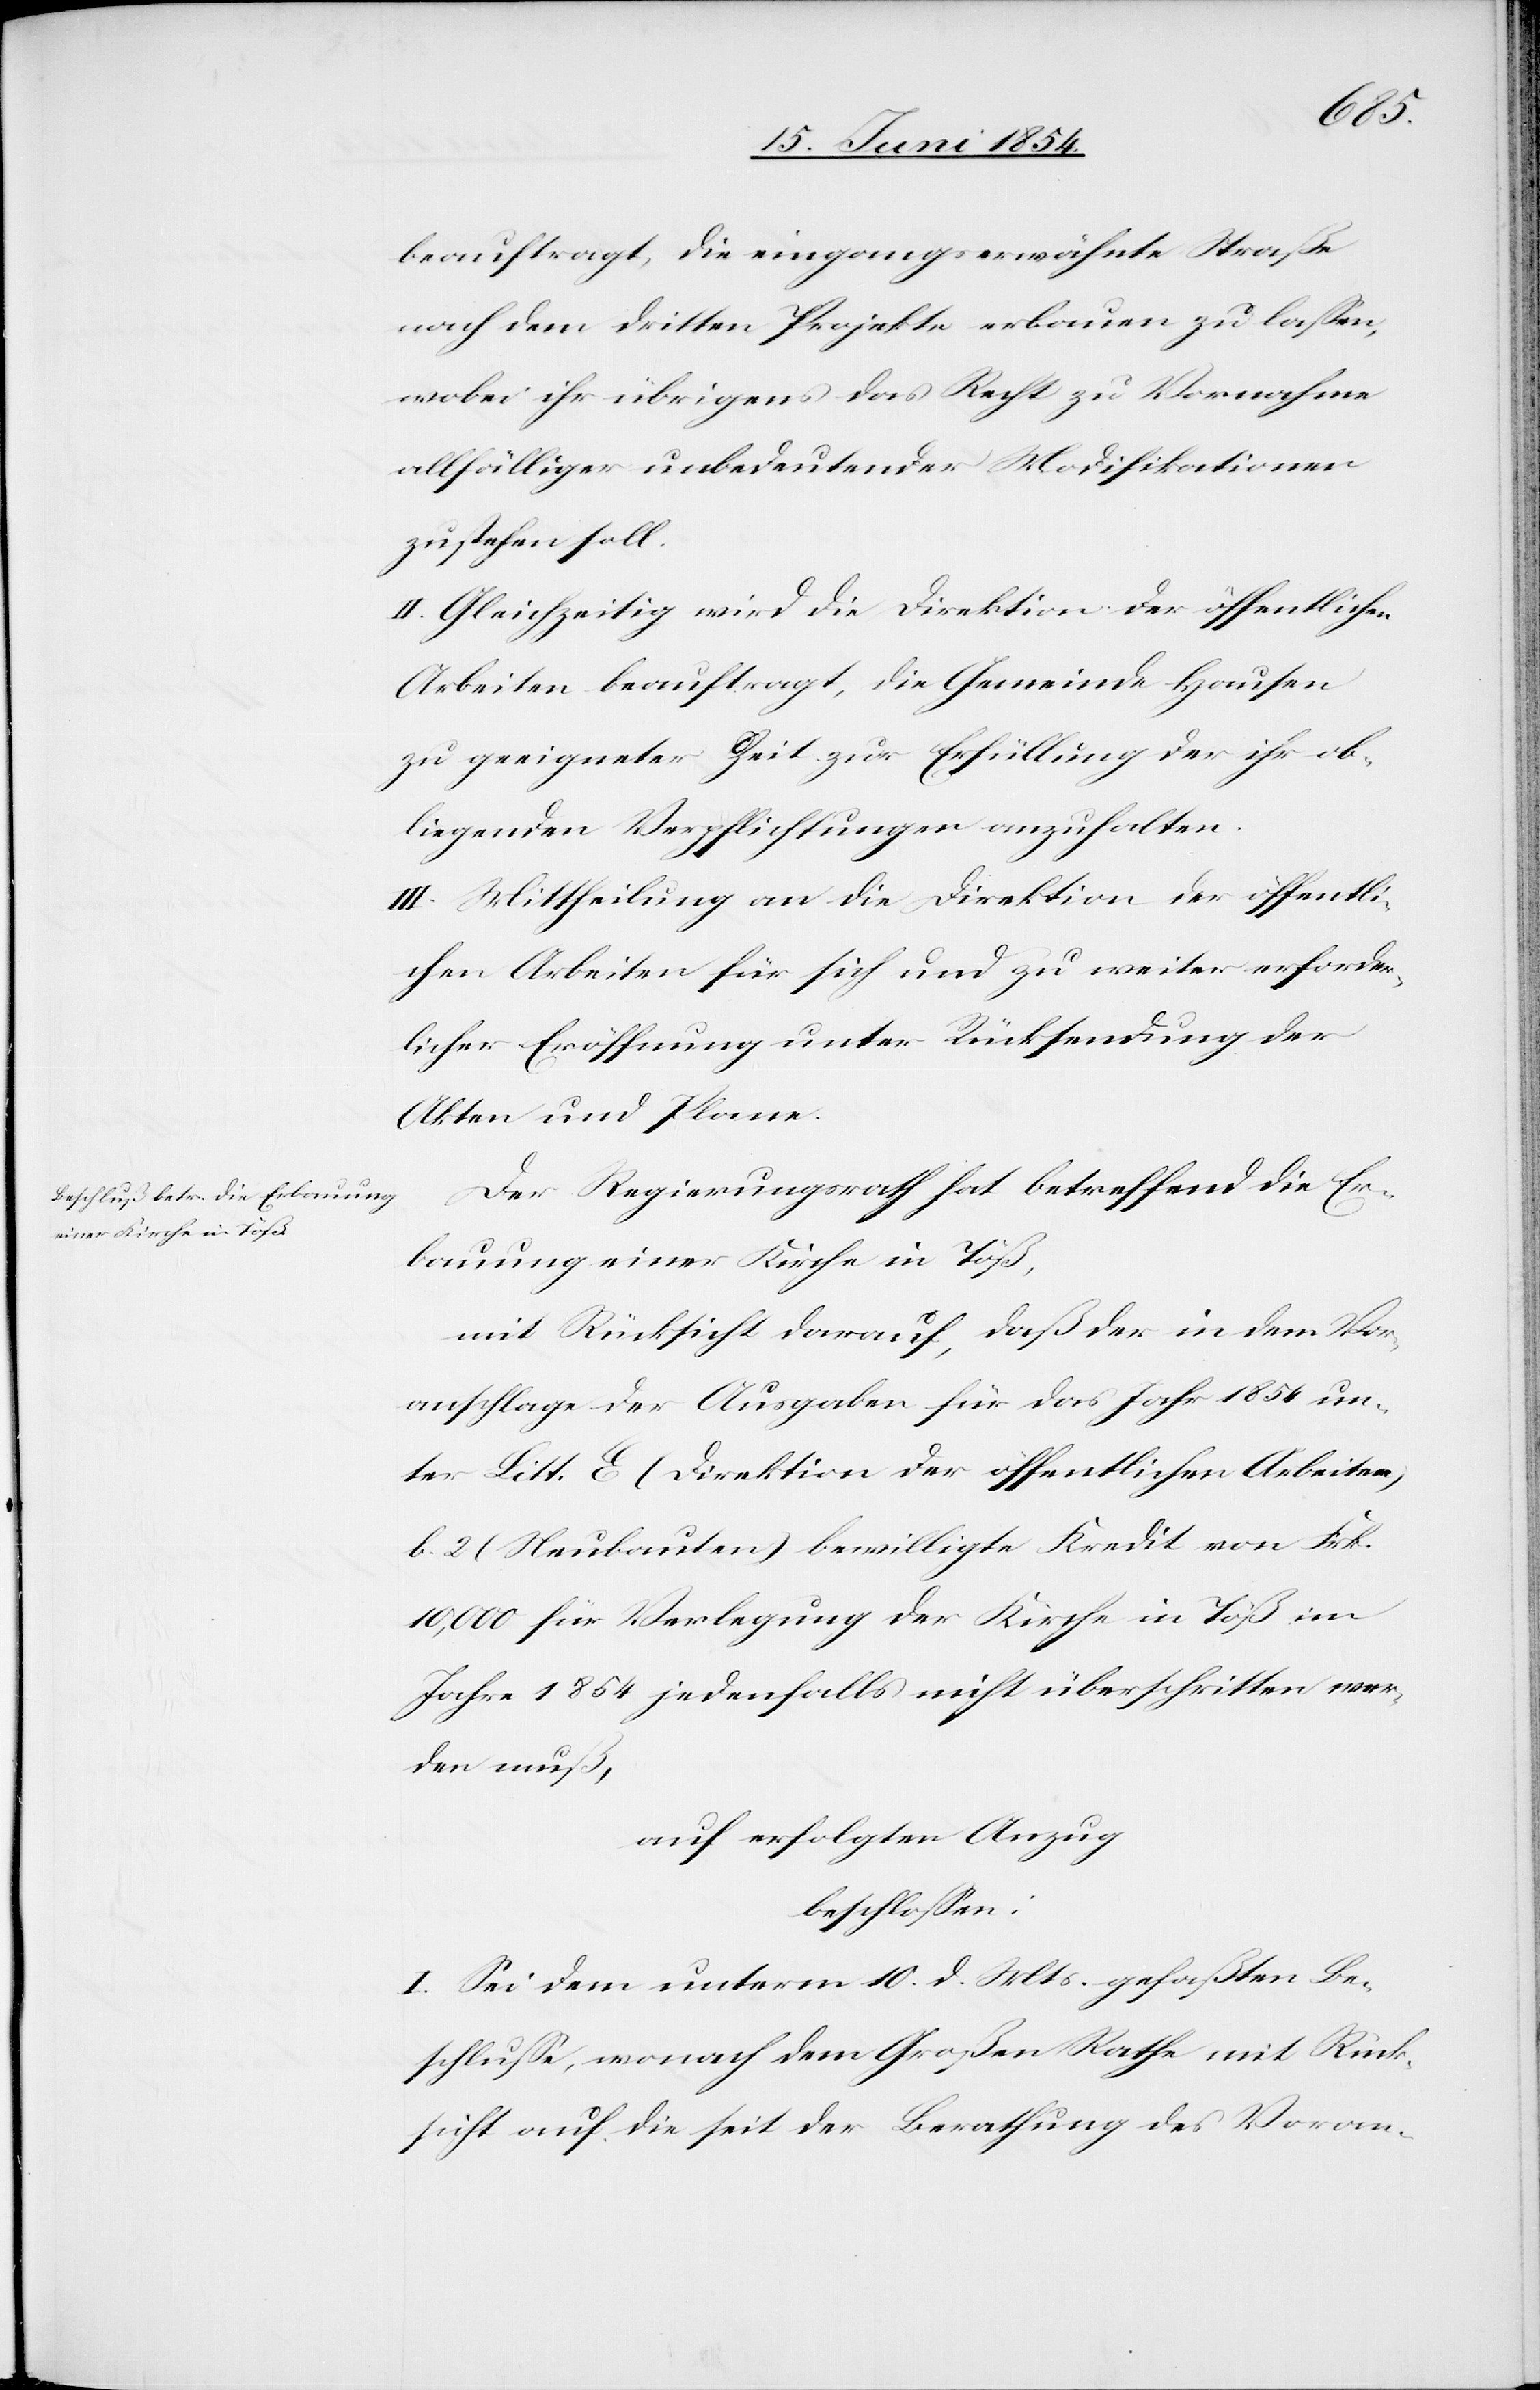
beauftragt, die eingangs erwähnte Straße
nach dem dritten Projekte erbauen zu laßen,
wobei ihr übrigens das Recht zu Vornahme
allfälliger unbedeutender Modifikationen
zustehen soll.
II. Gleichzeitig wird die Direktion der öffentlichen
Arbeiten beauftragt, die Gemeinde Hausen
zu geeigneter Zeit zur Erfüllung der ihr ob¬
liegenden Verpflichtungen anzuhalten.
III. Mittheilung an die Direktion der öffentli¬
chen Arbeiten für sich und zu weiter erforder¬
licher Eröffnung unter Rücksendung der
Akten und Plane.
Der Regierungsrath hat betreffend die Er¬
bauung einer Kirch ein Töß,
mit Rücksicht darauf, daß der in dem Vor¬
anschlage der Ausgaben für das Jahr 1854 un¬
ter Litt. E (Direktion der öffentlichen Arbeiten)
b. 2 (Neubauten) bewilligte Kredit von Frk.
10,000 für Verlegung der Kirche in Töß im
Jahre 1854 jedenfalls nicht überschritten wer¬
den muß,
auf erfolgten Anzug
beschloßen:
I. Sei dem unterm 10. d. Mts. gefaßten Be¬
schluße, wonach dem Großen Rathe mit Rück¬
sicht auf die seit der Berathung des Voran-